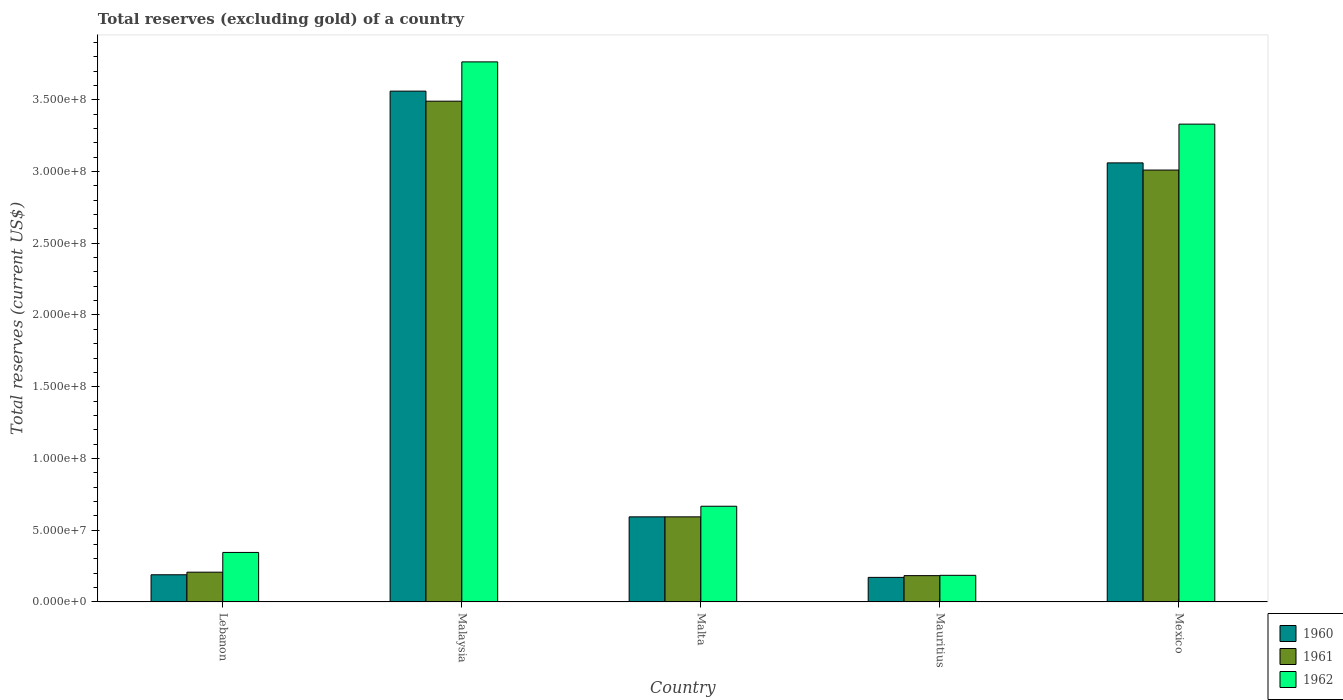
| Country | 1960 | 1961 | 1962 |
 | --- | --- | --- | --- |
 | Lebanon | 1.89e+07 | 2.07e+07 | 3.45e+07 |
 | Malaysia | 3.56e+08 | 3.49e+08 | 3.76e+08 |
 | Malta | 5.93e+07 | 5.93e+07 | 6.67e+07 |
 | Mauritius | 1.71e+07 | 1.83e+07 | 1.86e+07 |
 | Mexico | 3.06e+08 | 3.01e+08 | 3.33e+08 |